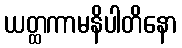
ယတ္ထကာမနိပါတိနော